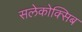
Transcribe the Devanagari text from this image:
सलेकोक्सिब